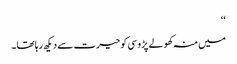
‘‘
میں منہ کھولے پڑوسی کو حیرت سے دیکھ رہا تھا۔